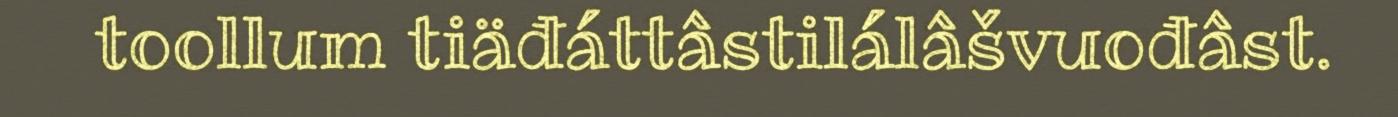
toollum tiäđáttâstilálâšvuođâst.